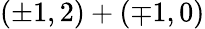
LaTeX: (\pm 1,2)+(\mp 1,0)